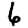
Digit: 6